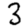
Digit: 3